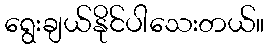
ရွေးချယ်နိုင်ပါသေးတယ်။